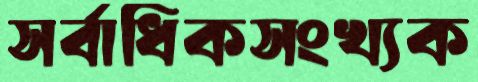
সর্বাধিকসংখ্যক